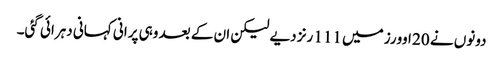
دونوں نے 20 اوورز میں 111 رنز دیے لیکن ان کے بعد وہی پرانی کہانی دہرائی گئی۔